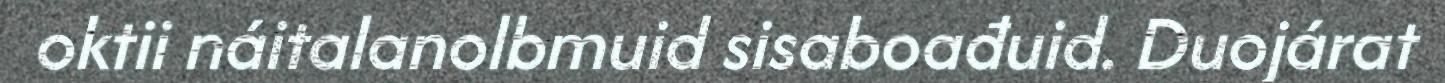
oktii náitalanolbmuid sisaboađuid. Duojárat